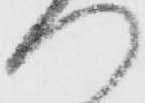
門